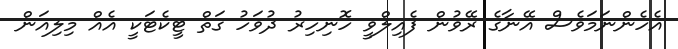
އެހެންނަމަވެސް އޭނާގެ ރޭވުން ފެއިލްވީ ހޮނިހިރު ދުވަހު ގަތް ޓީކެޓަކީ އެއް މިލިއަން